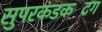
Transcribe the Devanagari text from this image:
सुपरकंडकटिंग